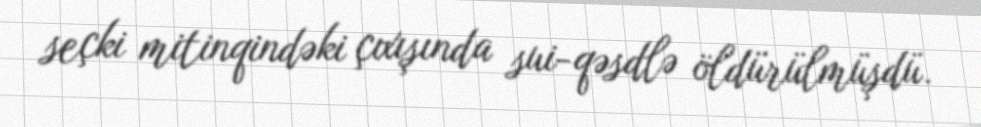
seçki mitinqindəki çıxışında sui-qəsdlə öldürülmüşdü.